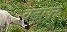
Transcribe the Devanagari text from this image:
वढ़ाया